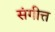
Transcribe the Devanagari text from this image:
संगीत्त